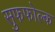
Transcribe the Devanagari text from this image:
सुफफोल्क